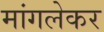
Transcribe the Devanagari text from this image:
मांगलेकर